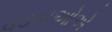
વડવાઓએ